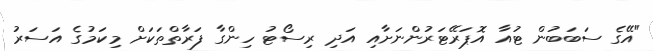
"އޭގެ ސަބަބުން ޓުއާ އޮޕަރޭޓަރުންނަށާއި އަދި ރިސޯޓު ހިންގާ ފަރާތްތަކަށް މިކަމުގެ އަސަރު